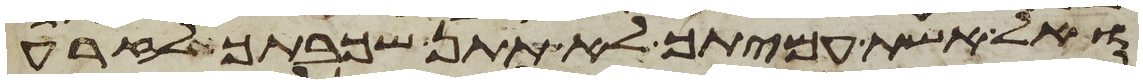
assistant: ואל אשת עמיתך לא תתן שכבתך לזרע